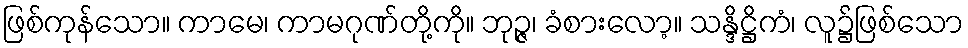
ဖြစ်ကုန်သော။ ကာမေ၊ ကာမဂုဏ်တို့ကို။ ဘုဉ္ဇ၊ ခံစားလော့။ သန္ဒိဋ္ဌိကံ၊ လူ၌ဖြစ်သော